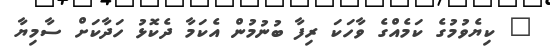
" ކިޔެވުމުގެ ކަމެއްގެ ވާހަކަ ރިފާ ބުނުމުން އެކަމާ ދެކޮޅު ހަދާކަށް ސާމިޔާ